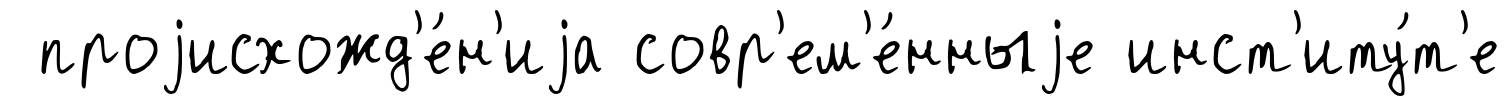
проjисхожд'е́н'иjа совр'ем'е́нныjе инст'иту́т'е